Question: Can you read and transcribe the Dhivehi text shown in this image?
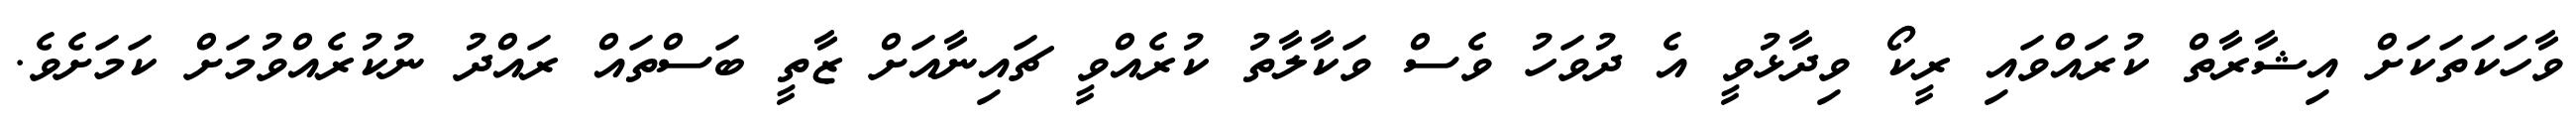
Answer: ވާހަކަތަކަށް އިޝާރާތް ކުރައްވައި ރީކޯ ވިދާޅުވީ އެ ދުވަހު ވެސް ވަކާލާތު ކުރެއްވީ ޗައިނާއަށް ޒާތީ ބަސްތައް ރައްދު ނުކުރެއްވުމަށް ކަމަށެވެ.